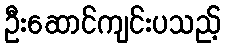
ဦးဆောင်ကျင်းပသည့်